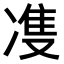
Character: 𭂙